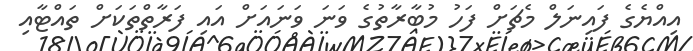
އިއްޔެގެ ފައިނަލް މެޗަށް ފަހު މުބާރާތުގެ ވަނަ ވަނައަށް އައި ފަރާތްތަކަށް ތައްޓާއި